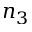
n _ { 3 }